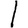
Digit: 1